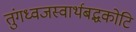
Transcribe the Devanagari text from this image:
तुंगध्वजस्वार्थबद्धकोटि